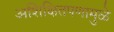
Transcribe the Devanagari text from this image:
अशिक्षितपणामुळे